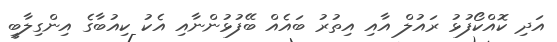
އަދި ކޮއްކޯފުޅު ރައުލް އާއި އިތުރު ބައެއް ބޭފުޅުންނާއި އެކު ކިއުބާގެ އިންގިލާބީ